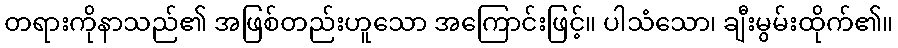
တရားကိုနာသည်၏ အဖြစ်တည်းဟူသော အကြောင်းဖြင့်။ ပါသံသော၊ ချီးမွမ်းထိုက်၏။